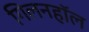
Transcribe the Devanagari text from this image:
गिलनहॉल